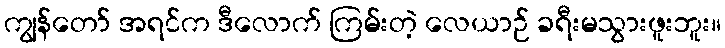
ကျွန်တော် အရင်က ဒီလောက် ကြမ်းတဲ့ လေယာဉ် ခရီးမသွားဖူးဘူး။